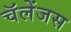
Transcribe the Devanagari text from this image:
चॅलेंजस